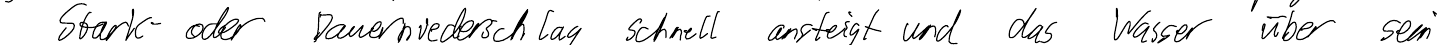
Stark- oder Dauerniederschlag schnell ansteigt und das Wasser über sein